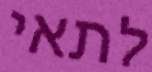
לתאי